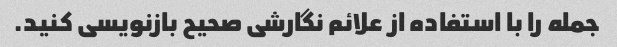
جمله را با استفاده از علائم نگارشی صحیح بازنویسی کنید.